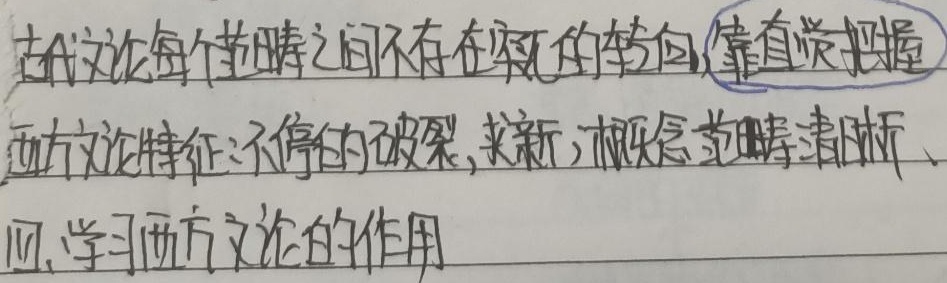
古代文论每个范畴之间不存在突兀的转向，靠直觉把握。西方文论特征：不停的破裂、求新，概念范畴清晰。

四、学习西方文论的作用